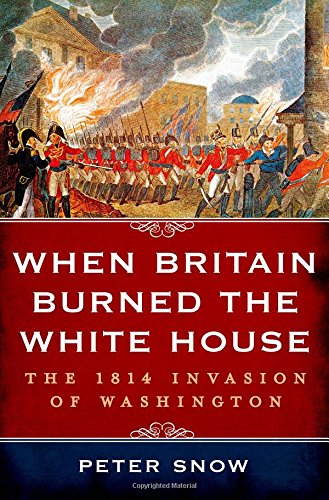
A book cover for When Britain Burned the White House: The 1814 Invasion of Washington; Peter Snow; History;